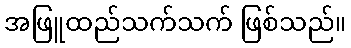
အဖြူထည်သက်သက် ဖြစ်သည်။